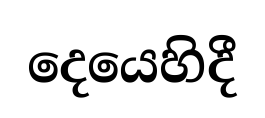
දෙයෙහිදී